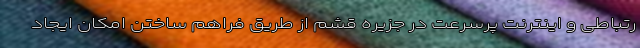
رتباطی و اینترنت پرسرعت در جزیره قشم از طریق فراهم ساختن امکان ایجاد